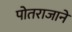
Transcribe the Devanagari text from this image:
पोतराजाने